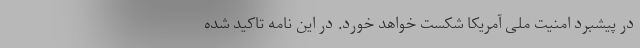
در پیشبرد امنیت ملی آمریکا شکست خواهد خورد. در این نامه تاکید شده